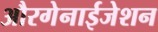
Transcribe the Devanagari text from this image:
औरगेनाईजेशन